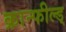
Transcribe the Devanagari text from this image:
क्रान्फील्ड्